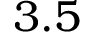
3 . 5